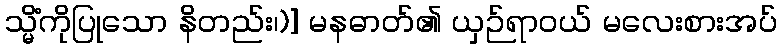
သ္မိံကိုပြုသော နိတည်း၊)] မနဓာတ်၏ ယှဉ်ရာဝယ် မလေးစားအပ်